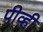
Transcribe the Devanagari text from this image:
पीव्ही